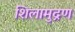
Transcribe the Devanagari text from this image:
शिलामुद्रण